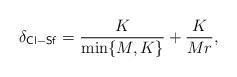
LaTeX: \begin{align*}\delta_{\mathsf{Cl-Sf}} = \frac{K}{\min\{M,K\}} + \frac{K}{Mr},\end{align*}